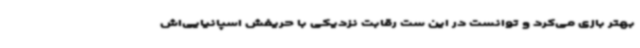
بهتر بازی می‌کرد و توانست در این ست رقابت نزدیکی با حریفش اسپانیایی‌اش